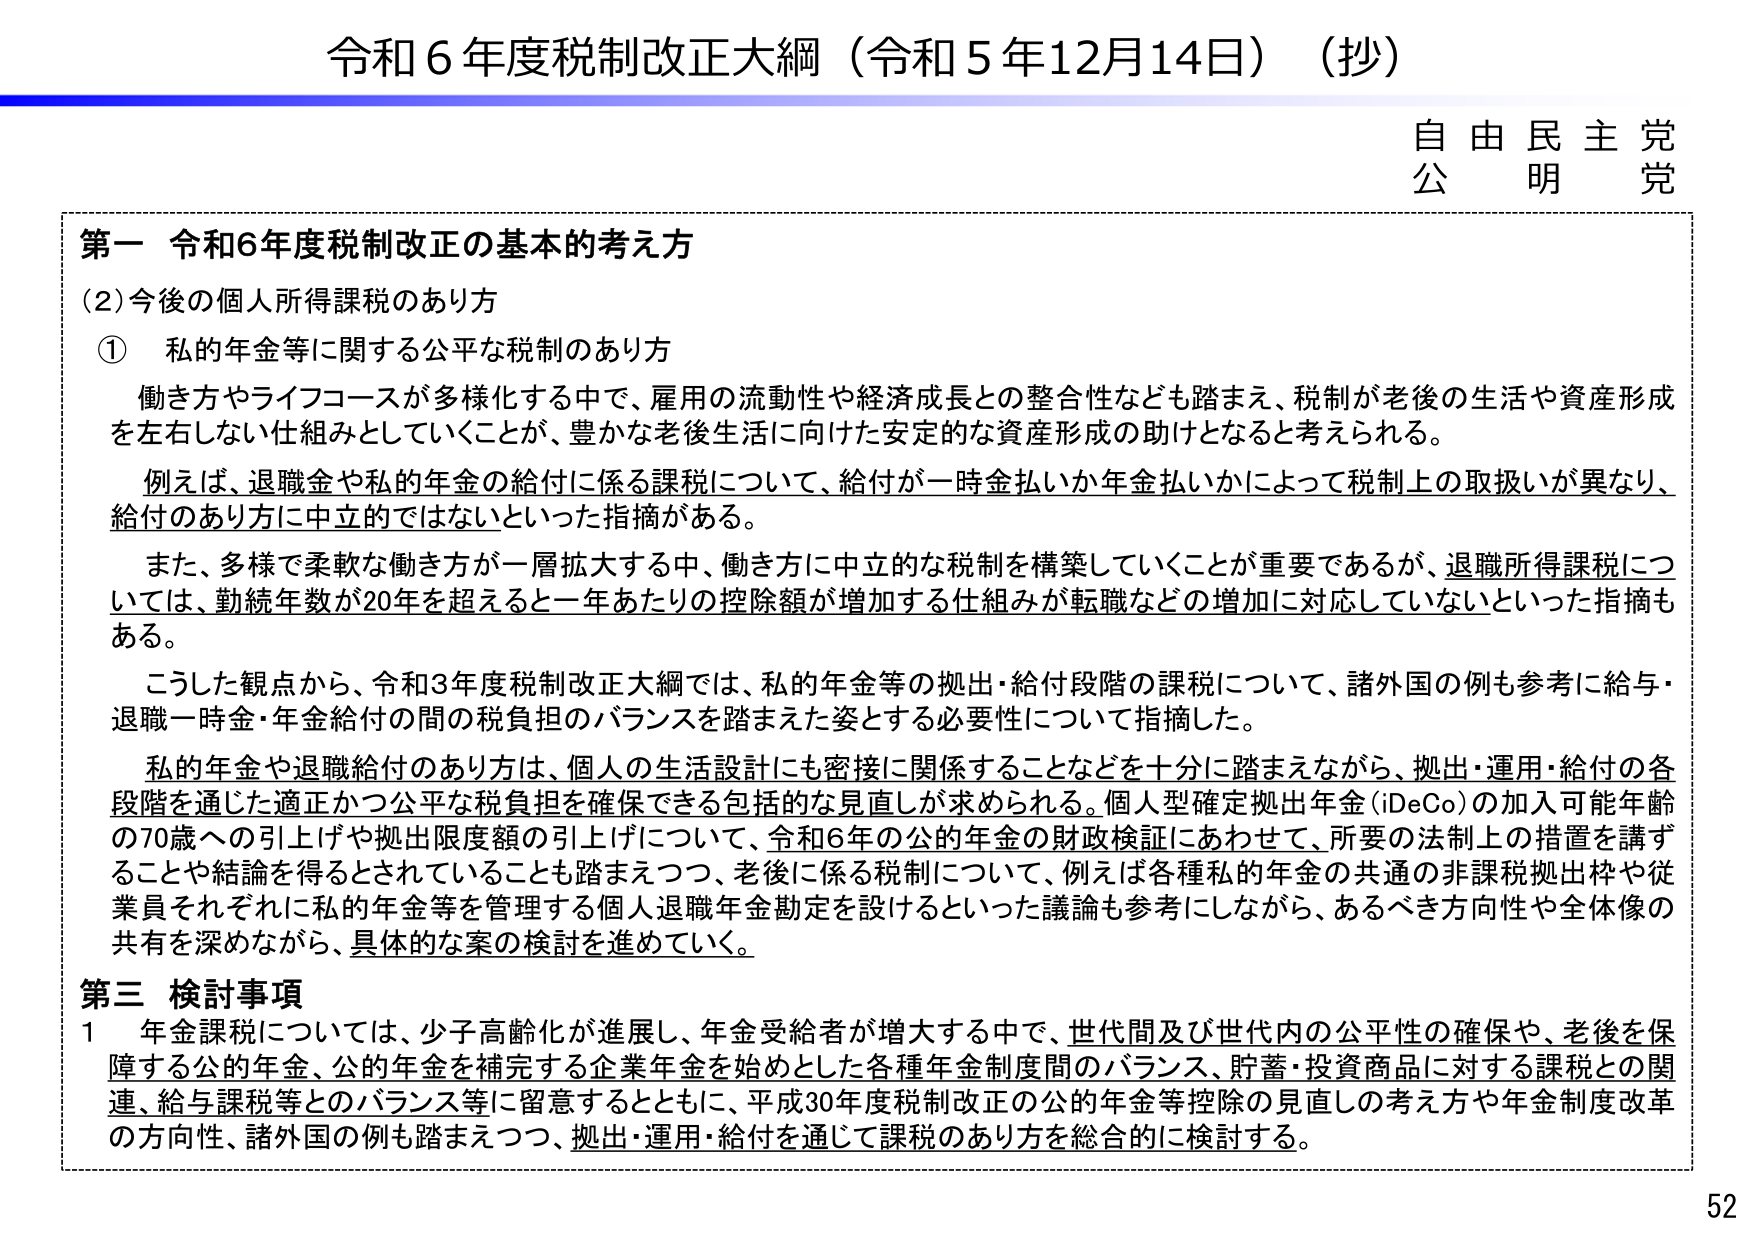
令和6年度税制改正大綱（令和5年12月14日）（抄）

自由民主党
公明党

第一 令和6年度税制改正の基本的考え方

（2）今後の個人所得課税のあり方

① 私的年金等に関する公平な税制のあり方

働き方やライフコースが多様化する中で、雇用の流動性や経済成長との整合性なども踏まえ、税制が老後の生活や資産形成を左右しない仕組みとしていくことが、豊かな老後生活に向けた安定的な資産形成の助けとなると考えられる。

例えば、退職金や私的年金の給付に係る課税について、給付が一時金払いか年金払いかによって税制上の取扱いが異なり、給付のあり方に中立的ではないといった指摘がある。

また、多様で柔軟な働き方が一層拡大する中、働き方に中立的な税制を構築していくことが重要であるが、退職所得課税については、勤続年数が20年を超えると一年あたりの控除額が増加する仕組みが転職などの増加に対応していないといった指摘もある。

こうした観点から、令和3年度税制改正大綱では、私的年金等の拠出・給付段階の課税について、諸外国の例も参考に給与・退職一時金・年金給付の間の税負担のバランスを踏まえた姿とする必要性について指摘した。

私的年金や退職給付のあり方は、個人の生活設計にも密接に関係することなどを十分に踏まえながら、拠出・運用・給付の各段階を通じた適正かつ公平な税負担を確保できる包括的な見直しが求められる。個人型確定拠出年金（iDeCo）の加入可能年齢の70歳への引上げや拠出限度額の引上げについて、令和6年の公的年金の財政検証にあわせて、所要の法制上の措置を講ずることや結論を得るとされていることも踏まえつつ、老後に係る税制について、例えば各種私的年金の共通の非課税拠出枠や従業員それぞれに私的年金等を管理する個人退職年金勘定を設けるといった議論も参考にしながら、あるべき方向性や全体像の共有を深めながら、具体的な案の検討を進めていく。

第三 検討事項

1 年金課税については、少子高齢化が進展し、年金受給者が増大する中で、世代間及び世代内の公平性の確保や、老後を保障する公的年金、公的年金を補完する企業年金を始めとした各種年金制度間のバランス、貯蓄・投資商品に対する課税との関連、給与課税等とのバランス等に留意するとともに、平成30年度税制改正の公的年金等控除の見直しの考え方や年金制度改革の方向性、諸外国の例も踏まえつつ、拠出・運用・給付を通じて課税のあり方を総合的に検討する。

52